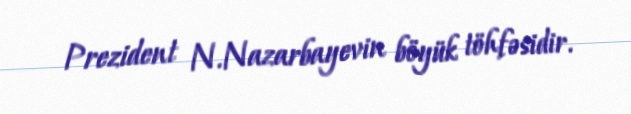
Prezident N.Nazarbayevin böyük töhfəsidir.